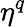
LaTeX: \eta^{q}